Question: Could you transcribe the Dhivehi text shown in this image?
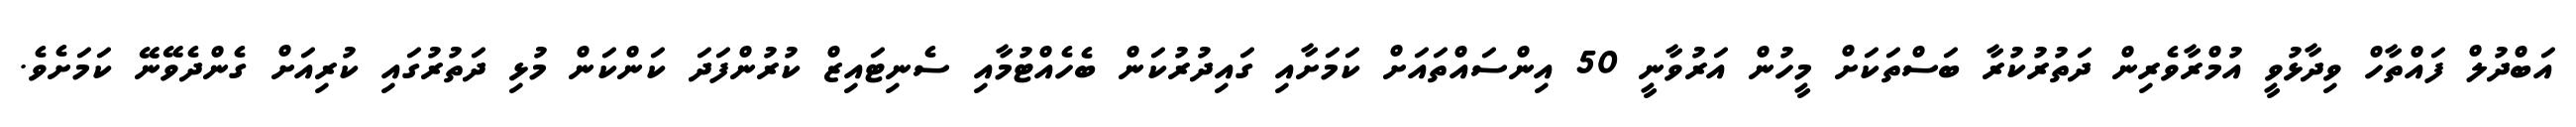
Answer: އަބްދުލް ފައްތާހް ވިދާޅުވީ އުމްރާވެރިން ދަތުރުކުރާ ބަސްތަކަށް މީހުން އަރުވާނީ 50 އިންސައްތައަށް ކަމަށާއި ގައިދުރުކަން ބެހެއްޓުމާއި ސެނިޓައިޒް ކުރުންފަދަ ކަންކަން މުޅި ދަތުރުގައި ކުރިއަށް ގެންދެވޭނޭ ކަމަށެވެ.